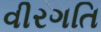
વીરગતિ